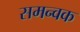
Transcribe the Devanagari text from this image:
समन्वक